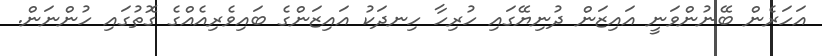
އަހަރެން ބޭނުންވަނީ އައިޒަން ދުނިޔޭގައި ހުރިހާ ހިނދަކު އައިޒަންގެ ބައިވެރިއެއްގެ ގޮތުގައި ހުންނަން.